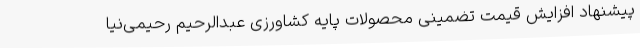
پیشنهاد افزایش قیمت تضمینی محصولات پایه کشاورزی عبدالرحیم رحیمی‌نیا